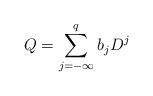
LaTeX: \begin{align*}Q=\sum\limits_{j=-\infty}^q b_j D^j\end{align*}